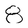
Character: 8